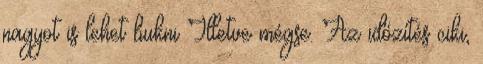
nagyot is lehet bukni Illetve mégse. Az időzítés ciki,